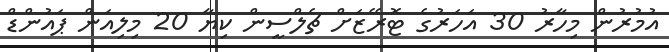
އުމުރުން މިހާރު 30 އަހަރުގެ ޓޮރޭޒަށް ޗެލްސީން ކިޔާ 20 މިލިއަން ޕައުންޑް